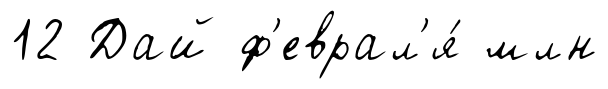
12 Дай ф'еврал'я́ млн